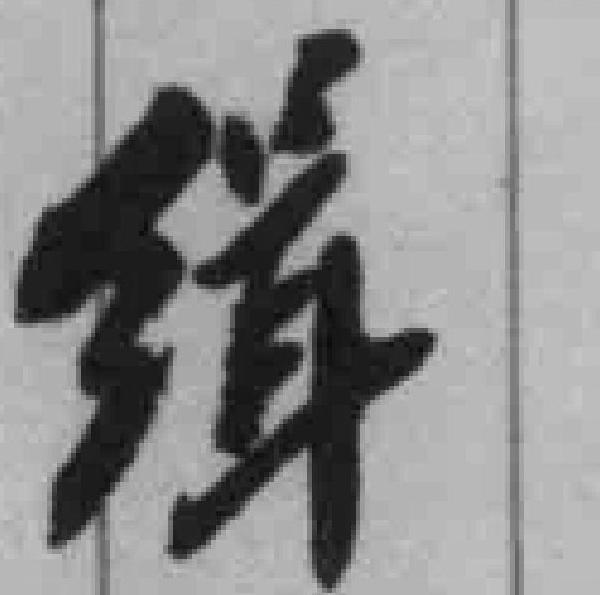
缉